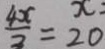
\frac { 4 x } { 3 } = 2 0